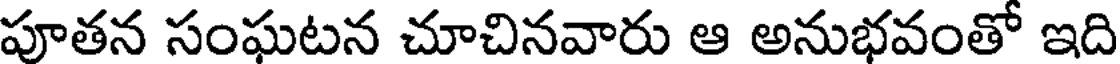
పూతన సంఘటన చూచినవారు ఆ అనుభవంతో ఇది